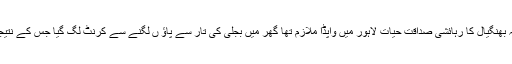
تفصیلات کے مطابق لاوہ کے محلہ بھنگیال کا رہائشی صداقت حیات لاہور میں واپڈا ملازم تھا گھر میں بجلی کی تار سے پاؤ ں لگنے سے کرنٹ لگ گیا جس کے نتیجے میں موقع پر ہی جاں بحق ہوگیا۔